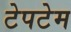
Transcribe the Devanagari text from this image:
टेपटेम